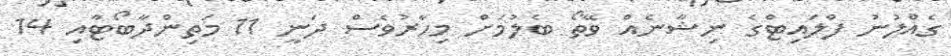
ގެއްލުނު ފްލައިޓްގެ ނިޝާނެއް ވޭތޯ ބެލުމަށް މިހާރުވެސް ދަނީ 11 މަތިންދާބޯޓާއި 14